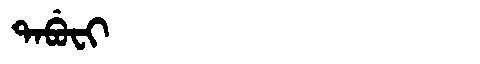
Manchu: ᡨᠠᠪᡠᠸᡳ
Romanization: TABUFI